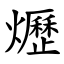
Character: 爏